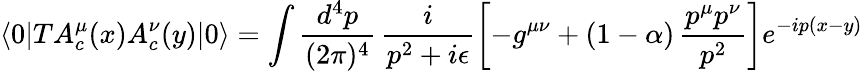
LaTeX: \langle 0|TA_{c}^{\mu}(x)A_{c}^{\nu}(y)|0\rangle=\int\frac{d^{4}p}{(2\pi)^{4}}\, \frac{i}{p^{2}+i\epsilon}\left[-g^{\mu\nu}+(1-\alpha)\, \frac{p^{\mu}p^{\nu}}{p^{2}}\right]e^{-ip(x-y)}